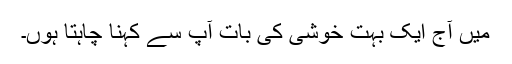
میں آج ایک بہت خوشی کی بات آپ سے کہنا چاہتا ہوں۔